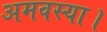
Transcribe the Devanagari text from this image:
अमवस्या।